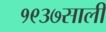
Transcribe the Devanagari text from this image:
१९३७साली